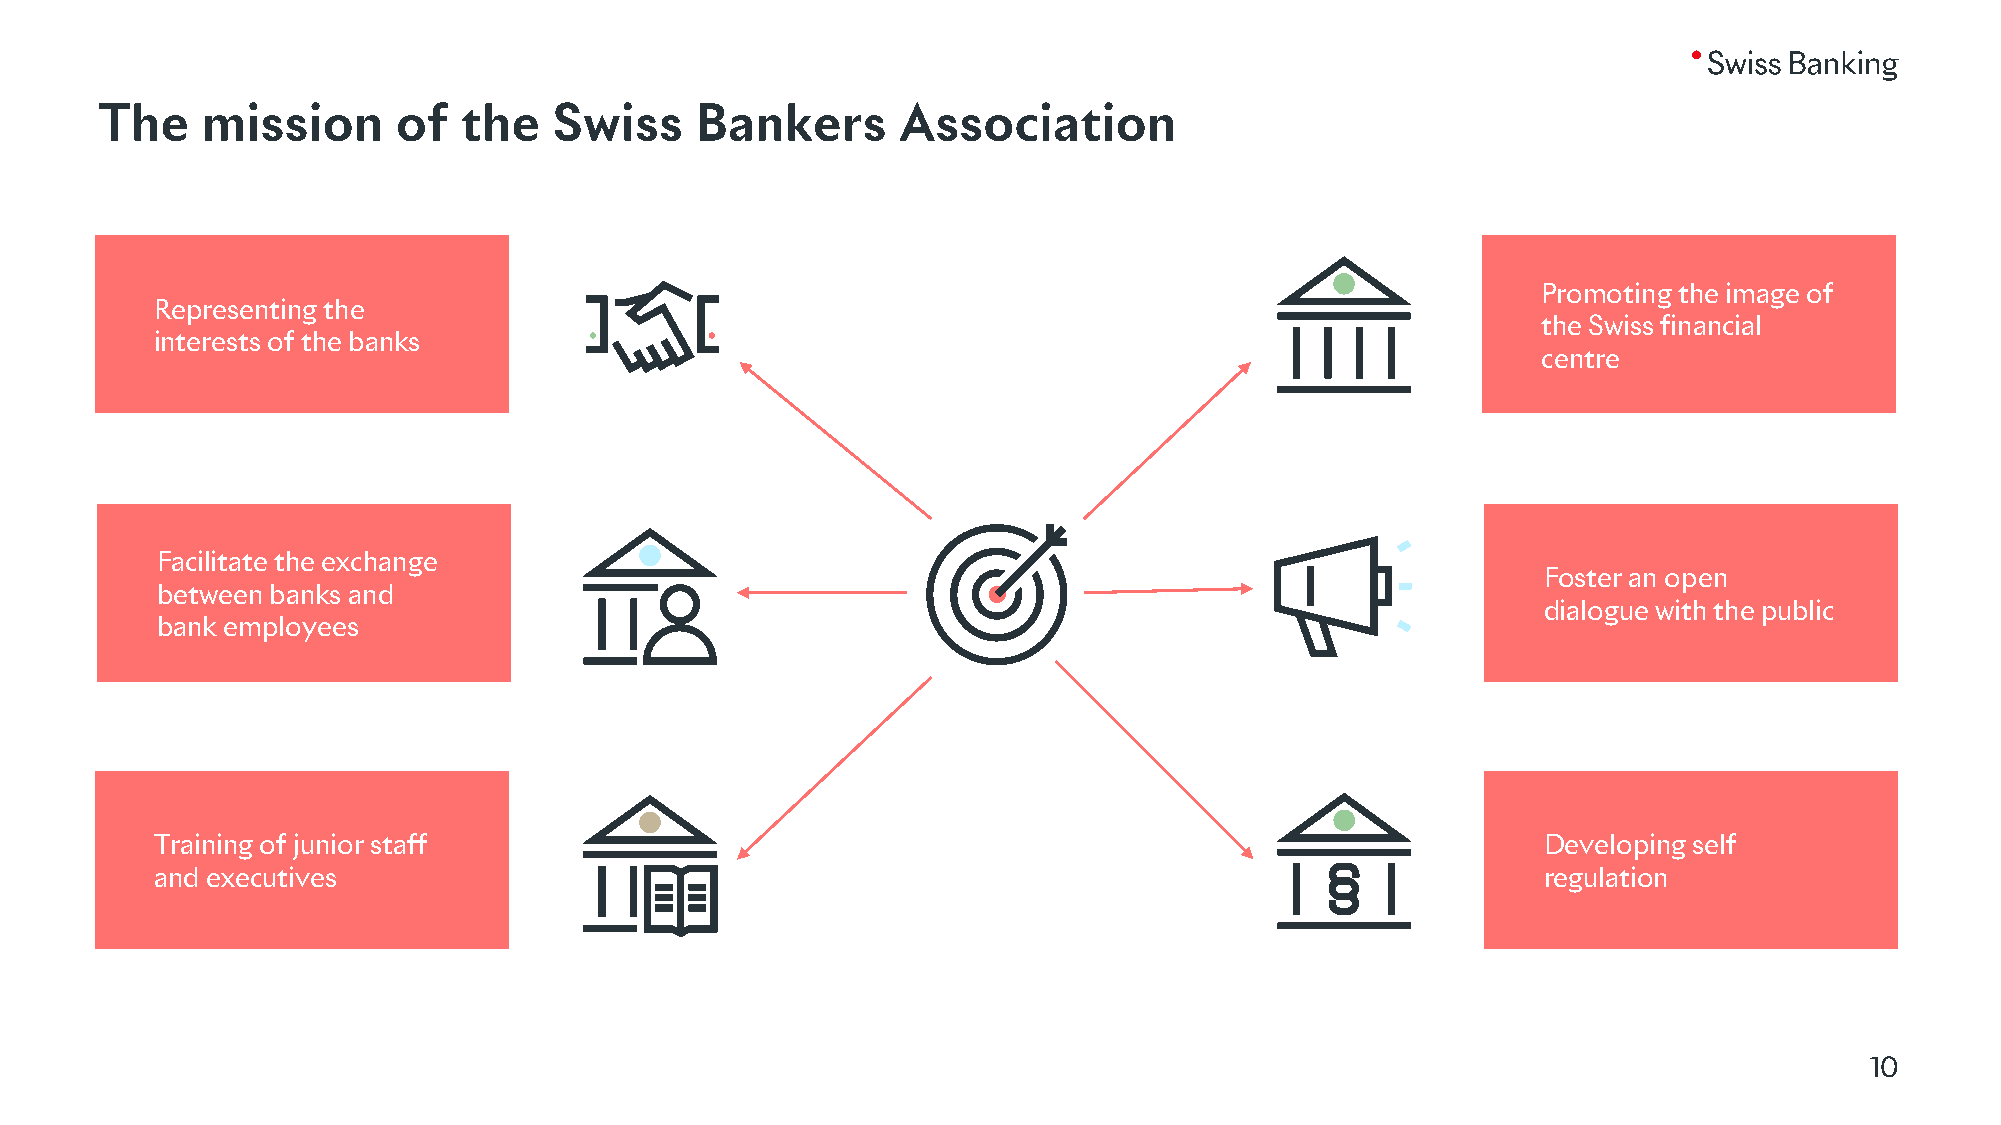
The   mission      of  the    Swiss    Bankers       Association
 Promoting the image of
 Representing the
 the Swiss financial
 interests of the banks
 centre
 Facilitate the exchange
 Foster an open
 between banks and
 dialogue with the public
 bank employees
 Training of junior staff                                                                    Developing self
 and executives                                                                              regulation
 10